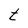
Character: t